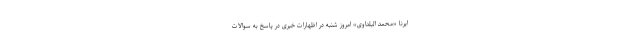
ایرنا «محمد البلداوی» امروز شنبه در اظهارات خبری در پاسخ به سوالات